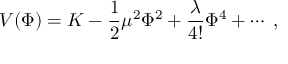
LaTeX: V ( \Phi ) = K - \frac 1 2 \mu ^ { 2 } \Phi ^ { 2 } + \frac { \lambda } { 4 ! } \Phi ^ { 4 } + \cdots \; ,